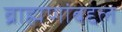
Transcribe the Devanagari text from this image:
ब्राह्मणांबद्दल